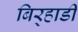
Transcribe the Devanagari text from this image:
बिर्‍हाडी